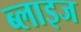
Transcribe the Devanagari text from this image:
ब्लाइज